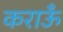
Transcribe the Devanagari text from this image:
कराऊँ